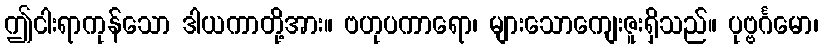
ဤငါးရာကုန်သော ဒါယကာတို့အား။ ဗဟုပကာရော၊ များသောကျေးဇူးရှိသည်။ ပုဗ္ဗင်္ဂမော၊